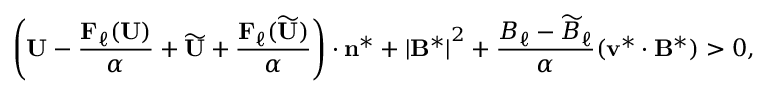
\left( \mathbf { U } - \frac { \mathbf { F } _ { \ell } ( \mathbf { U } ) } { \alpha } + \widetilde { \mathbf { U } } + \frac { \mathbf { F } _ { \ell } ( \widetilde { \mathbf { U } } ) } { \alpha } \right) \cdot \mathbf { n } ^ { * } + { | \mathbf { B } ^ { * } | } ^ { 2 } + \frac { B _ { \ell } - \widetilde { B } _ { \ell } } { \alpha } ( \mathbf { v } ^ { * } \cdot \mathbf { B } ^ { * } ) > 0 ,